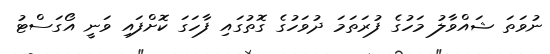
ނުވަތަ ޝައްވާލު މަހުގެ ފުރަތަމަ ދުވަހުގެ ގޮތުގައި ފާހަގަ ކޮށްފައި ވަނީ އޯގަސްޓު